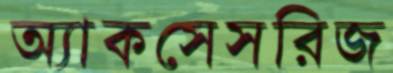
অ্যাকসেসরিজ